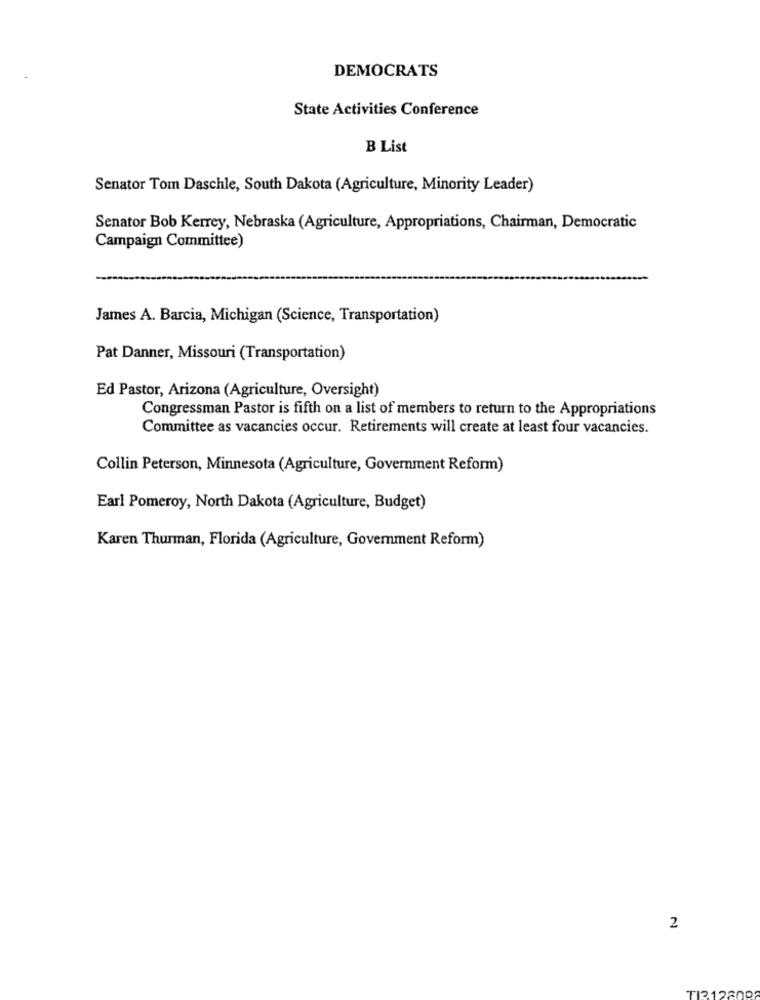
DEMOCRATS
State Activities Conference
B List
Senator Tom Daschle, South Dakota (Agriculture, Minority Leader)
Senator Bob Kerrey, Nebraska (Agriculture, Appropriations, Chairman, Democratic
Campaign Committee)
James A. Barcia, Michigan (Science, Transportation)
Pat Danner, Missouri (Transportation)
Ed Pastor, Arizona (Agriculture, Oversight)
Congressman Pastor is fifth on a list of members to return to the Appropriations
Committee as vacancies occur. Retirements will create at least four vacancies.
Collin Peterson, Minnesota (Agriculture, Government Reform)
Earl Pomeroy, North Dakota (Agriculture, Budget)
Karen Thurman, Florida (Agriculture, Government Reform)
2